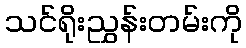
သင်ရိုးညွှန်းတမ်းကို